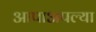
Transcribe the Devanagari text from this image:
आपाअपल्या